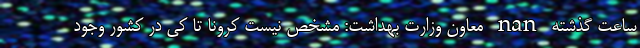
ساعت گذشته nan معاون وزارت بهداشت: مشخص نیست کرونا تا کی در کشور وجود